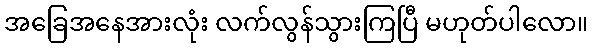
အခြေအနေအားလုံး လက်လွန်သွားကြပြီ မဟုတ်ပါလော။